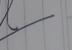
Signature authenticity: forged